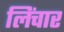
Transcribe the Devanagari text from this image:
लिंचार